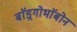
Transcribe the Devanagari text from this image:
बाॅड़्गोभाॅबोन